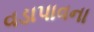
વડાપાવના